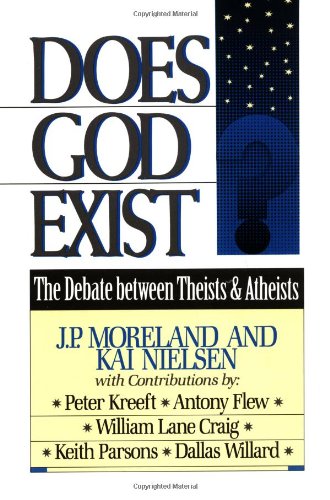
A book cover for Does God Exist?; J. P. Moreland; Religion & Spirituality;